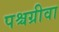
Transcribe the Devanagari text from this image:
पश्चग्रीवा